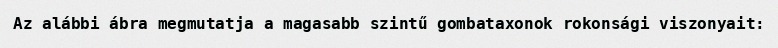
Az alábbi ábra megmutatja a magasabb szintű gombataxonok rokonsági viszonyait: